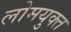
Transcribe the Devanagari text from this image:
लोमयुक्त